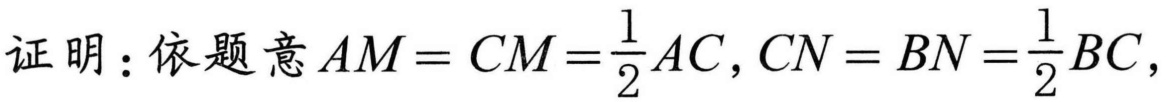
证明：依题意$AM = CM =\frac{1}{2}AC,CN = BN =\frac{1}{2}BC,$